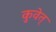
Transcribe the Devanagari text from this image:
कुवेत्